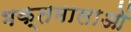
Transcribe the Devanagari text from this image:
भक्तमालाओं